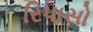
રિપાસો